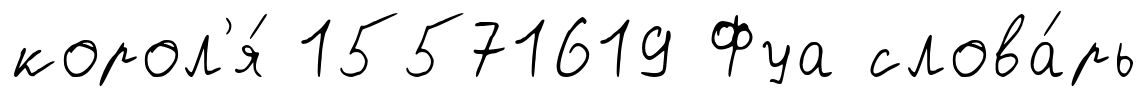
корол'я́ 15571619 Фуа слова́рь